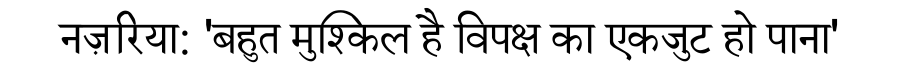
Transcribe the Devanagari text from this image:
नज़रिया: 'बहुत मुश्किल है विपक्ष का एकजुट हो पाना'